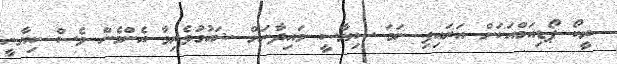
ރީކޯ ޕޯޑިއަމްއަކަށް އަރައިފި ނަމަ ސިޔާސީ މައިދާނަށް ޝައުގުވެރިވާ އެންމެން ވެސް ކިޔާނީ